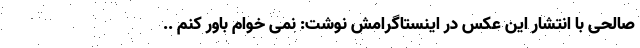
صالحی با انتشار این عکس در اینستاگرامش نوشت: نمی خوام باور کنم ..